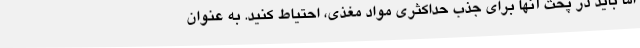
اما باید در پخت آنها برای جذب حداکثری مواد مغذی، احتیاط کنید. به عنوان